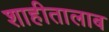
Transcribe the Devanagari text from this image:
शाहीतालाब